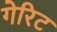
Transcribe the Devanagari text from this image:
गेरिट